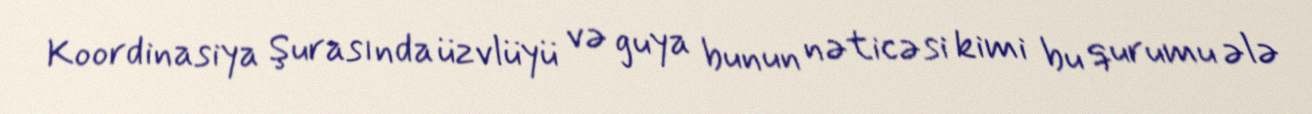
Koordinasiya Şurasında üzvlüyü və guya bunun nəticəsi kimi bu qurumu ələ